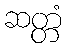
ဆတ္တံ